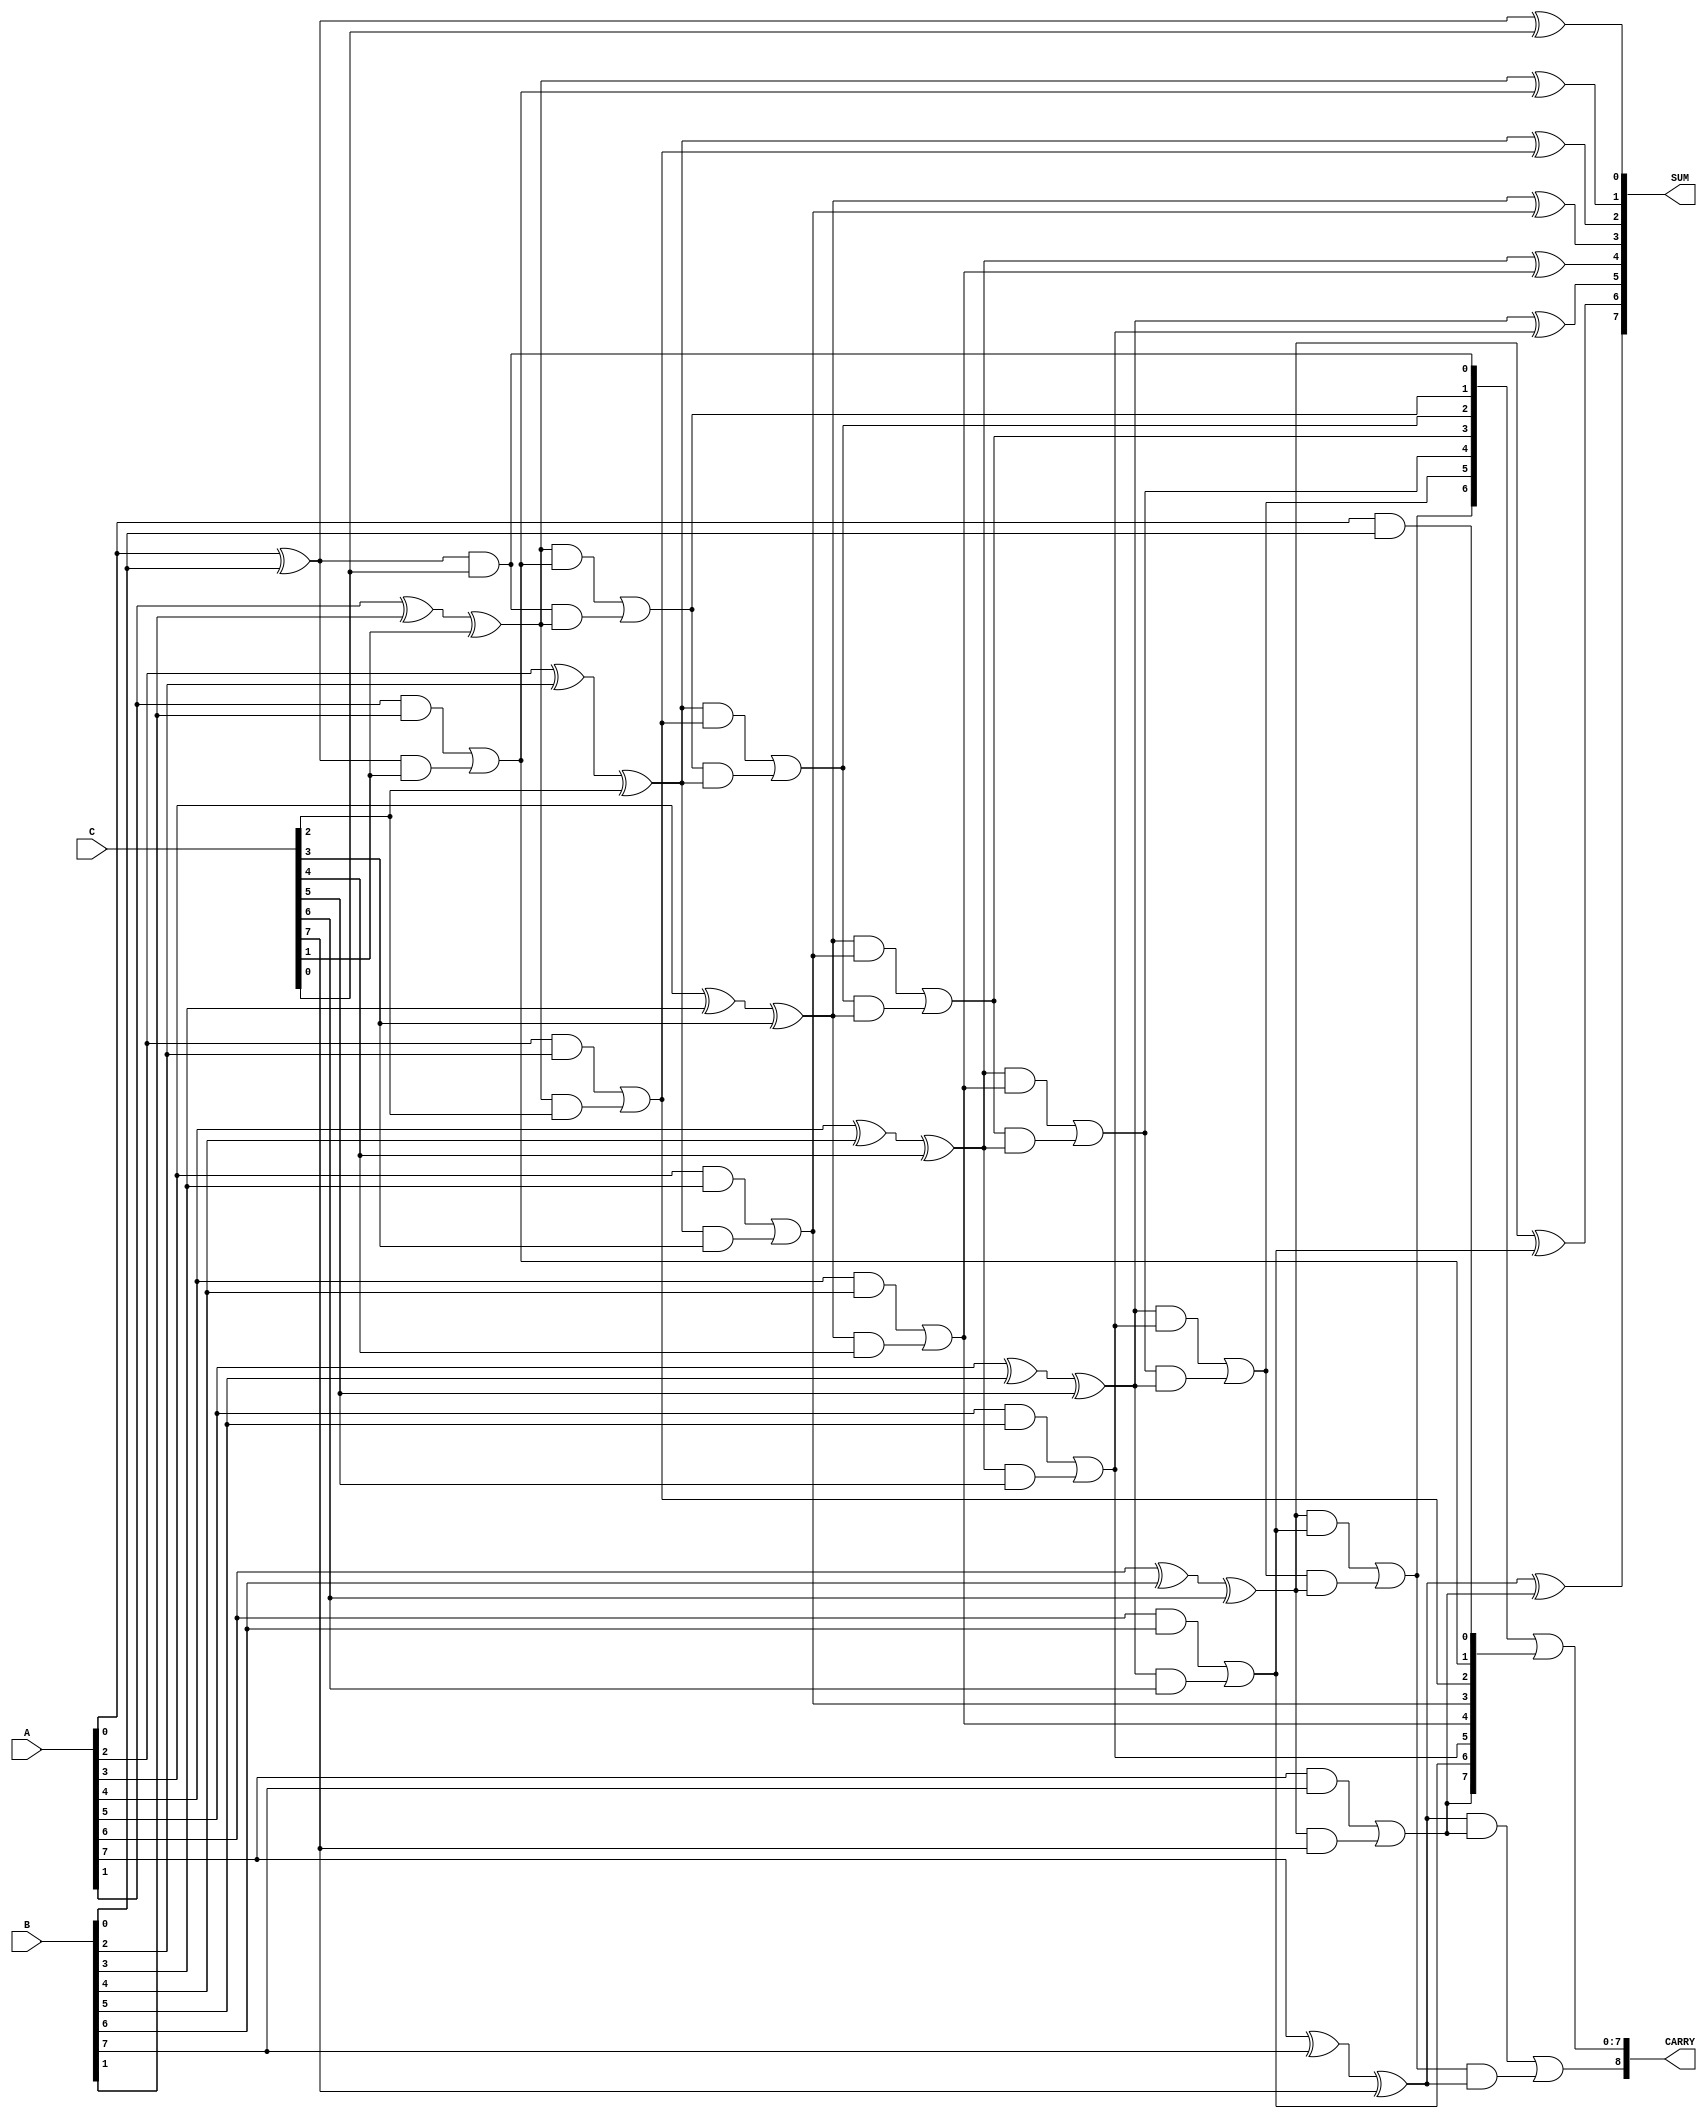
module ModifiedCarrySaveAdder #(parameter WIDTH = 8) (
    input [WIDTH-1:0] A,
    input [WIDTH-1:0] B,
    input [WIDTH-1:0] C,
    output [WIDTH-1:0] SUM,
    output [WIDTH:0] CARRY
);

    wire [WIDTH-1:0] S1, S2, C1, C2;

    // First stage of addition: using half adders
    genvar i;
    generate
        for (i = 0; i < WIDTH; i = i + 1) begin : stage1
            if (i == 0) begin
                assign S1[i] = A[i] ^ B[i];
                assign C1[i] = A[i] & B[i];
            end else begin
                assign S1[i] = A[i] ^ B[i] ^ C[i];
                assign C1[i] = (A[i] & B[i]) | (S1[i-1] & C[i]);
            end
        end
    endgenerate

    // Second stage of addition: using full adders for final SUM and CARRY
    generate
        for (i = 0; i < WIDTH; i = i + 1) begin : stage2
            if (i == 0) begin
                assign S2[i] = S1[i] ^ C[i];
                assign C2[i] = S1[i] & C[i];
            end else begin
                assign S2[i] = S1[i] ^ C1[i];
                assign C2[i] = (S1[i] & C1[i]) | (C2[i-1] & S1[i]);
            end
        end
    endgenerate

    // Final output assignments
    assign SUM = S2;
    assign CARRY = {C2[WIDTH-1], C2[WIDTH-2:0] | C1[WIDTH-1:0]};

endmodule